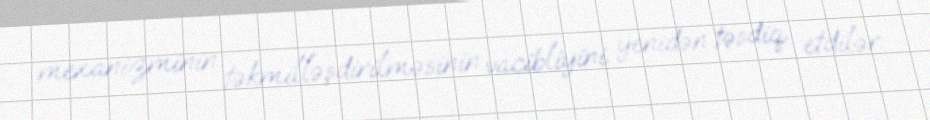
mexanizminin təkmilləşdirilməsinin vacibliyini yenidən təsdiq etdilər.